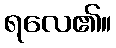
ရလေ၏။